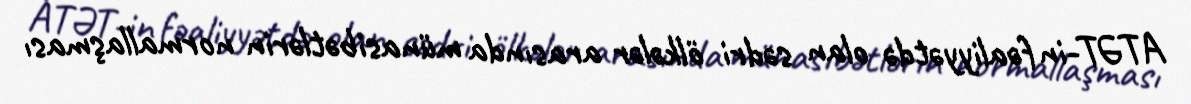
ATƏT-in fəaliyyətdə olan sədri ölkələr arasında münasibətlərin normallaşması